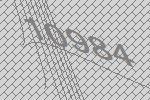
10984